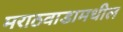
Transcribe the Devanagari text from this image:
मराठवाडामधील